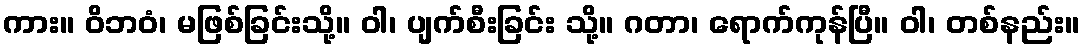
ကား။ ဝိဘဝံ၊ မဖြစ်ခြင်းသို့။ ဝါ၊ ပျက်စီးခြင်း သို့။ ဂတာ၊ ရောက်ကုန်ပြီ။ ဝါ၊ တစ်နည်း။